Leaving Certificate, 1897
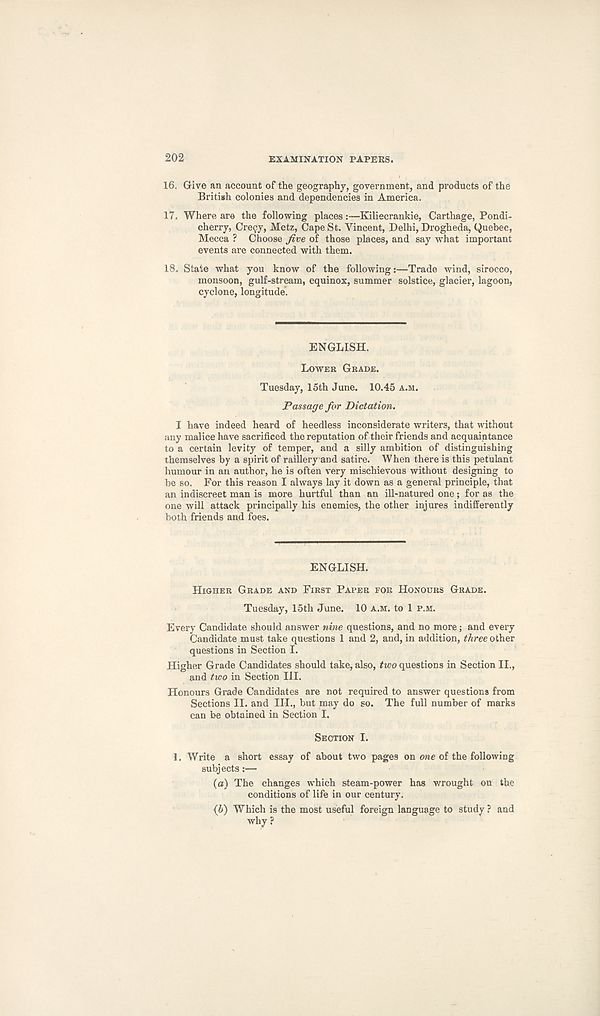
202
EXAMINATION PAPERS.
16. Grive an account of the geogi’aphy, government, and products of the
British colonies and dependencies in America.
17. Where are the following places :—Kiliecrankie, Carthage, Pondi-
cherry, Cre9y, Metz, Cape St. Vincent, Delhi, Drogheda, Quebec,
Mecca ? Choose five of those places, and say what important
events are connected with them.
18. State what you know of the following:—Trade wind, sirocco,
monsoon, gulf-stream, equinox, summer solstice, glacier, lagoon,
cyclone, longitude'.
ENGLISH.
LOWER GRADE.
Tuesday, 15th June. 10.45 A.M.
Passage for Dictation.
I have indeed heard of heedless inconsiderate writers, that without
any malice have sacrificed the reputation of their friends and acquaintance
to a certain levity of temper, and a silly ambition of distinguishing
themselves by a spirit of raillery and satire. When there is this petulant
humour in an author, he is often very mischievous without designing to
be so. For this reason I always lay it down as a general principle, that
an indiscreet man is more hurtful than an ill-natured one; for as the
one will attack principally his enemies, the other injures indifferently
both friends and foes.
ENGLISH.
HIGHER GRADE AND FIRST PAPER FOR HONOURS GRADE.
Tuesday, 15th June. 10 A.M. to 1 P.M.
Every Candidate should answer nine questions, and no more; and every
Candidate must take questions 1 and 2, and, in addition, three other
questions in Section I.
Higher Grade Candidates should take, also, two questions in Section II.,
and two in Section III.
Honours Grade Candidates are not required to answer questions from
Sections II. and III., but may do so. The full number of marks
can be obtained in Section I.
SECTION I.
1. Write a short essay of about two pages on one of the following
subjects:—
(а) The changes which steam-power has wrought on the
conditions of life in our century.
(б) Which is the most useful foreign language to study ? and